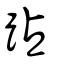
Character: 跕